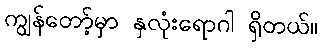
ကျွန်တော့်မှာ နှလုံးရောဂါ ရှိတယ်။